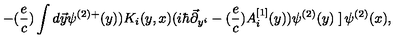
- ( { \frac { e } { c } } ) \int d \vec { y } \psi ^ { ( 2 ) + } ( y ) ) K _ { i } ( y , x ) ( i \hbar \vec { \partial } _ { y ^ { i } } - ( { \frac { e } { c } } ) A _ { i } ^ { [ 1 ] } ( y ) ) \psi ^ { ( 2 ) } ( y ) \left. \right] \psi ^ { ( 2 ) } ( x ) ,